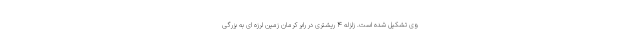
وی تشکیل شده است. زلزله 4 ریشتری در رابر کرمان زمین لرزه ای به بزرگی